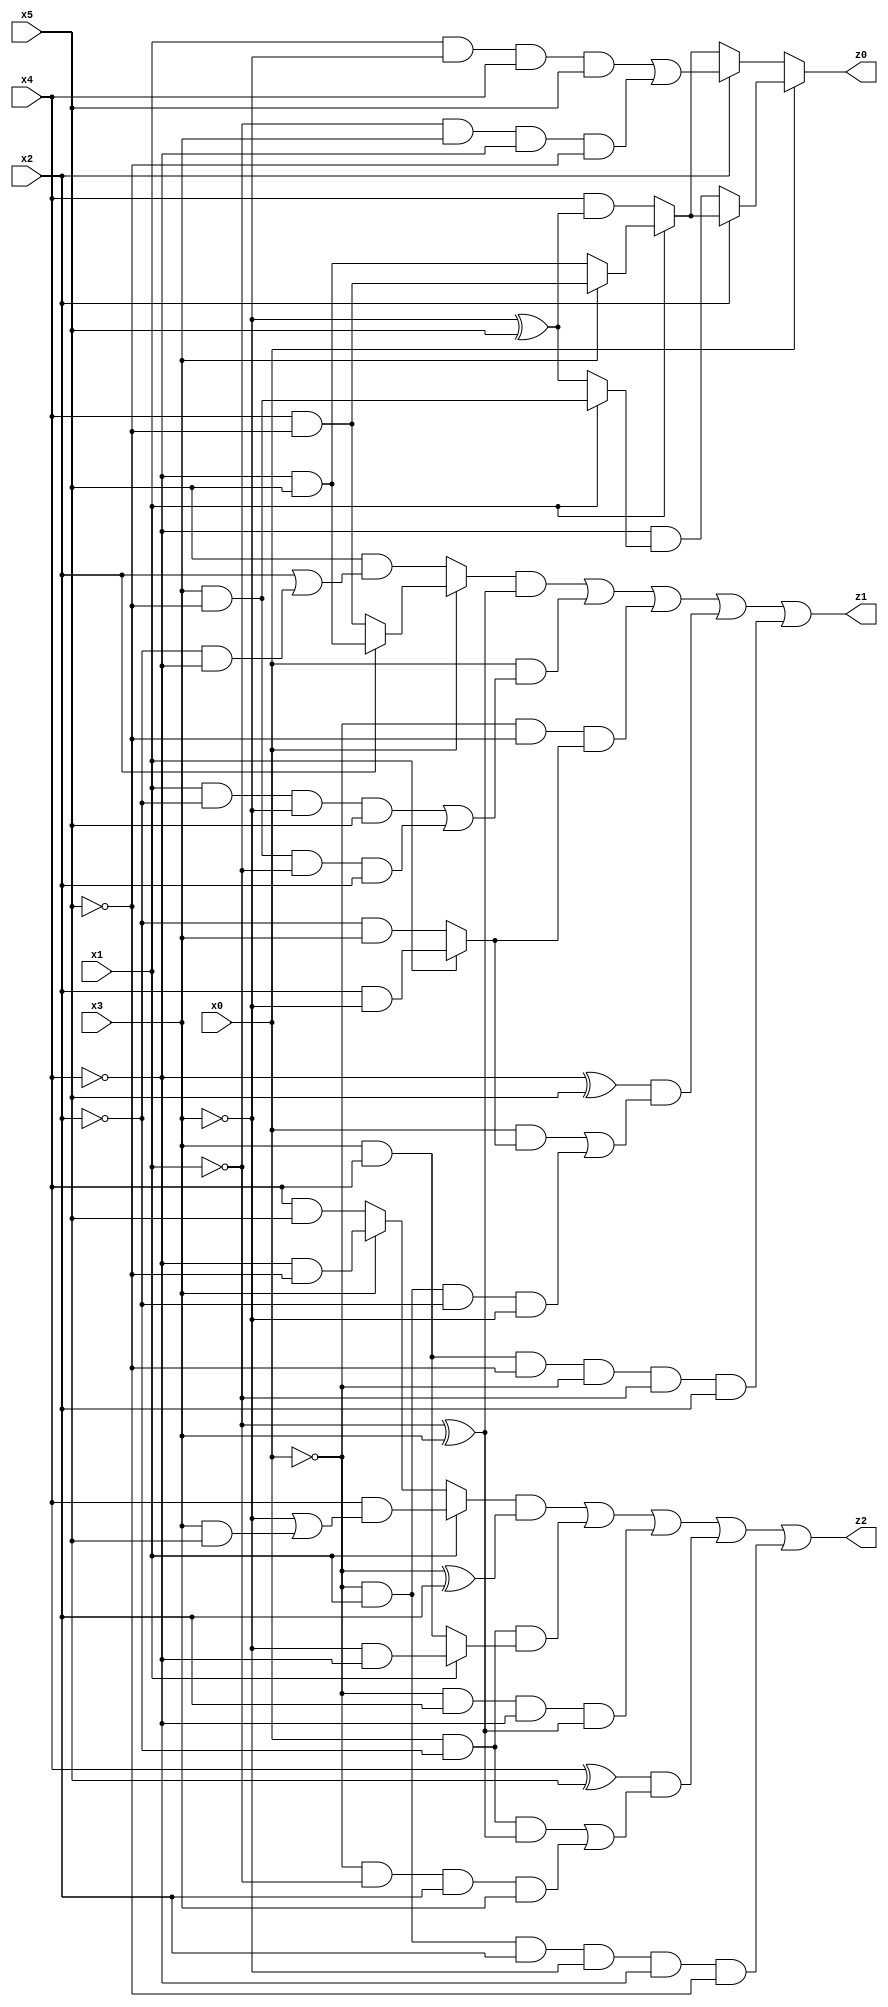
// Benchmark "q_6" written by ABC on Tue Jul 11 01:36:45 2023

module q_6 ( 
    x0, x1, x2, x3, x4, x5,
    z0, z1, z2  );
  input  x0, x1, x2, x3, x4, x5;
  output z0, z1, z2;
  assign z0 = x0 ? (x2 ? (x1 ? (x3 ? (x4 & ~x5) : (~x4 & x5)) : (x4 & (~x3 ^ x5))) : (~x4 & (x1 ? (x3 & ~x5) : (~x3 ^ x5)))) : (x2 ? ((x1 & ~x3 & x4 & x5) | (~x1 & x3 & ~x4 & ~x5)) : (x1 ? (x3 ? (x4 & ~x5) : (~x4 & x5)) : (x4 & (~x3 ^ x5))));
  assign z1 = ((x0 ? (x2 ? (~x4 & x5) : (x4 & ~x5)) : (x5 & (x2 | (~x2 & ~x4)))) & (~x1 ^ x3)) | (x0 & ((x1 & ~x2 & ~x3 & x5) | (x3 & ~x5 & ~x1 & x2))) | (~x0 & ~x5 & (x1 ? (x2 & ~x3) : (~x2 & x3))) | ((~x4 ^ x5) & ((x0 & (x1 ? (x2 & ~x3) : (~x2 & x3))) | (~x0 & x1 & ~x2 & ~x3))) | (x3 & x4 & ~x5 & ~x0 & ~x1 & x2);
  assign z2 = ((x1 ? (x4 & (~x3 | (x3 & x5))) : (x3 ? (~x4 & ~x5) : (x4 & x5))) & (~x0 ^ x2)) | (x0 & ~x2 & (x1 ? (~x3 & ~x4) : (x3 & x4))) | (~x0 & x2 & ~x4 & (~x1 ^ x3)) | ((x4 ^ x5) & ((x0 & ~x2 & (~x1 ^ x3)) | (~x0 & ~x1 & x2 & x3))) | (~x0 & x1 & x2 & ~x3 & ~x4 & ~x5);
endmodule